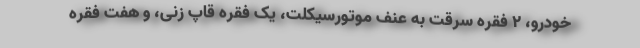
خودرو، ۲ فقره سرقت به عنف موتورسیکلت، یک فقره قاپ زنی، و هفت فقره